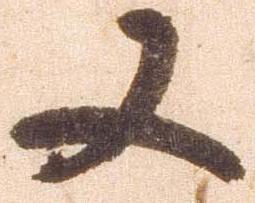
又